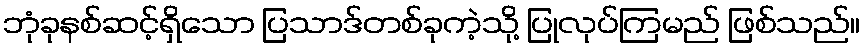
ဘုံခုနစ်ဆင့်ရှိသော ပြသာဒ်တစ်ခုကဲ့သို့ ပြုလုပ်ကြမည် ဖြစ်သည်။